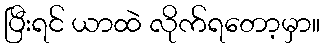
ပြီးရင် ယာထဲ လိုက်ရတော့မှာ။